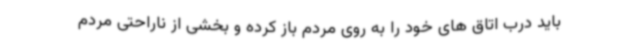
باید درب اتاق های خود را به روی مردم باز کرده و بخشی از ناراحتی مردم